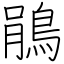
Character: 鵑